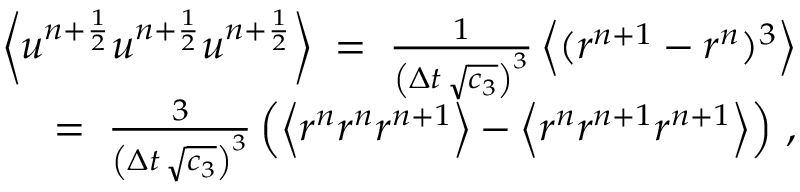
\begin{array} { r l r } & { } & { \left\langle u ^ { n + \frac { 1 } { 2 } } u ^ { n + \frac { 1 } { 2 } } u ^ { n + \frac { 1 } { 2 } } \right\rangle \; = \; \frac { 1 } { \left( \Delta { t } \, \sqrt { c _ { 3 } } \right) ^ { 3 } } \left\langle ( r ^ { n + 1 } - r ^ { n } ) ^ { 3 } \right\rangle } \\ & { } & { = \; \frac { 3 } { \left( \Delta { t } \, \sqrt { c _ { 3 } } \right) ^ { 3 } } \left( \left\langle r ^ { n } r ^ { n } r ^ { n + 1 } \right\rangle - \left\langle r ^ { n } r ^ { n + 1 } r ^ { n + 1 } \right\rangle \right) \, , } \end{array}